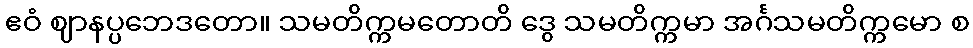
ဧဝံ ဈာနပ္ပဘေဒတော။ သမတိက္ကမတောတိ ဒွေ သမတိက္ကမာ အင်္ဂသမတိက္ကမော စ